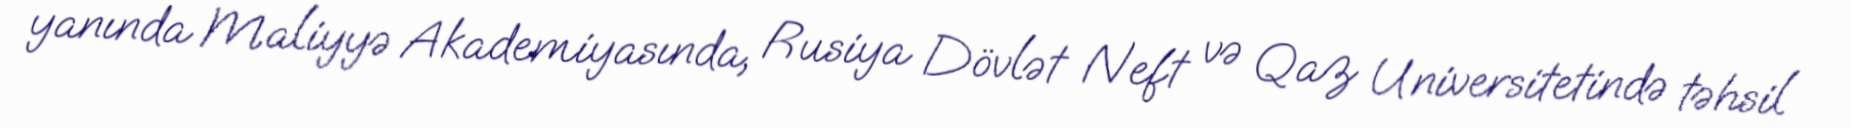
yanında Maliyyə Akademiyasında, Rusiya Dövlət Neft və Qaz Universitetində təhsil